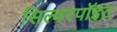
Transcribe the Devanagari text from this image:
सिल्वरपॉइंट